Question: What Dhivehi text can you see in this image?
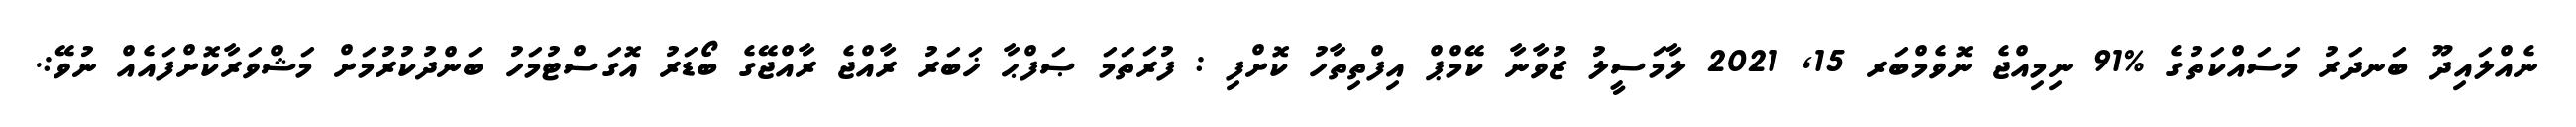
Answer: ނެއްލައިދޫ ބަނދަރު މަސައްކަތުގެ %91 ނިމިއްޖެ ނޮވެމްބަރ 15, 2021 ލާމަސީލު ޒުވާނާ ކޭމްޕް އިފްތިތާހު ކޮށްފި : ފުރަތަމަ ޞަފްޙާ ޚަބަރު ރާއްޖެ ރާއްޖޭގެ ބޯޑަރު އޮގަސްޓުމަހު ބަންދުކުރުމަށް މަޝްވަރާކޮށްފައެއް ނުވޭ:.